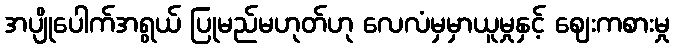
အပျိုပေါက်အရွယ် ပြုမည်မဟုတ်ဟု လေလံမှမှာယူမှုနှင့် ဈေးကစားမှု